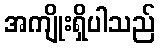
အကျိုးရှိပါသည်